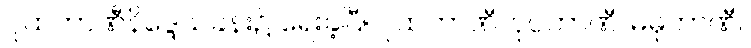
ဂူထဘာဏီနိဒ္ဒေသခန်း၌ ရေးခဲ့ပြီ။ ဂူထဘာဏီ၊ ပုပ္ပဘာဏီ၊ မဓုဘာဏီ။